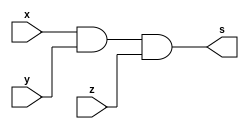
//--------------
// AND 3 entradas
//--------------

module andgate(output s,
input x,
input y,
input z);
assign s = x&y&z;

endmodule

module testandgate;
reg a,b,c;
wire s;

andgate ANDGATE1(s, a, b ,c);

initial begin:start
a=0;b=0;c=0;
end

initial begin
$display("Bernardo MP Olimpio - 451542"); 
$display("Test AND 3 entradas");
a=0;b=0;
$monitor("%b & %b & %b = %b", a, b, c, s); 
#1 a=0; b=0; c=0; 
#1 a=0; b=0; c=1;
#1 a=0; b=1; c=0;
#1 a=0; b=1; c=1;
#1 a=1; b=0; c=0; 
#1 a=1; b=0; c=1;
#1 a=1; b=1; c=0;
#1 a=1; b=1; c=1;
end
endmodule